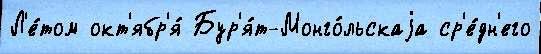
Л'е́том окт'ябр'я́ Бур'я́т-Монго́льскаjа ср'е́дн'его